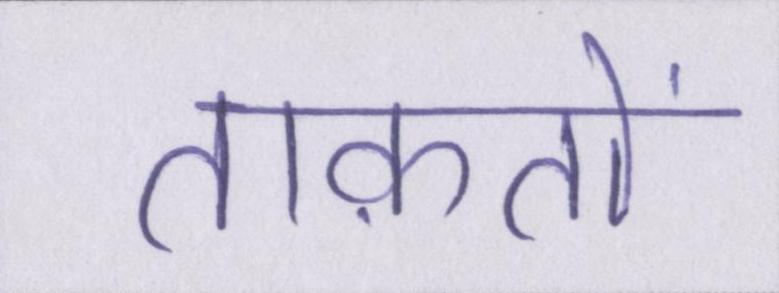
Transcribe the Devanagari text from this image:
ताक़तों